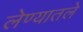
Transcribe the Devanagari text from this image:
लेण्यातले